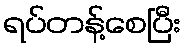
ရပ်တန့်စေပြီး